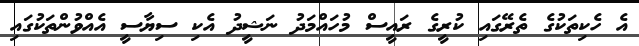
އެ ހެކިތަކުގެ ތެރޭގައި ކުރީގެ ރައީސް މުހައްމަދު ނަޝީދު އެކި ސިޔާސީ އެއްވުންތަކުގައި